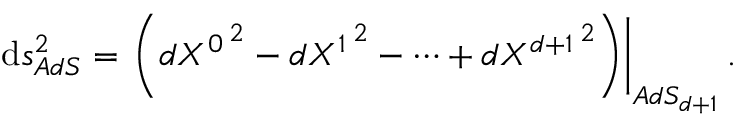
{ \mathrm d } s _ { A d S } ^ { 2 } = \left. \left( d { { X } ^ { 0 } } ^ { \, 2 } - d { { X } ^ { 1 } } ^ { \, 2 } - \cdots + d { { X } ^ { d + 1 } } ^ { \, 2 } \right) \right| _ { A d S _ { d + 1 } } .